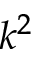
k ^ { 2 }